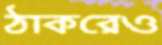
ঠাকরেও